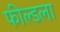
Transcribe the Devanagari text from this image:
फील्डला